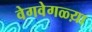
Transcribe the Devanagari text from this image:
वेगवेगळ्य़ा